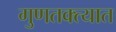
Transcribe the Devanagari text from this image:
गुणतक्त्यात